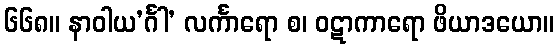
၆၆၈။ နာဝါယ’င်္ဂါ’ လင်္ကာရော စ၊ ဝဋာကာရော ဖိယာဒယော။